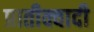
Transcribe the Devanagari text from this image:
प्रातीक्वादी